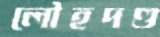
লৌহদণ্ড